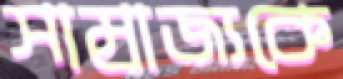
সাম্রাজ্যকে